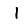
Digit: 1